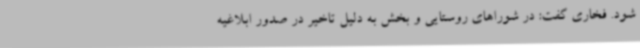
شود. فخاری گفت: در شوراهای روستایی و بخش به دلیل تاخیر در صدور ابلاغیه